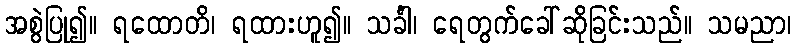
အစွဲပြု၍။ ရထောတိ၊ ရထားဟူ၍။ သင်္ခါ၊ ရေတွက်ခေါ်ဆိုခြင်းသည်။ သမညာ၊